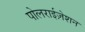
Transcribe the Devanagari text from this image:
पोलराईज़ेशन